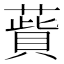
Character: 𦺱